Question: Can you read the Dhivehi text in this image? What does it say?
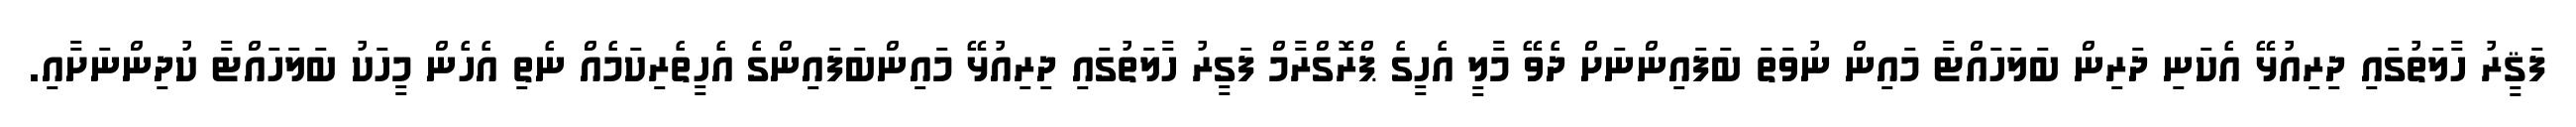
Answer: ފަޤީރު ހާލަތުގައި ދިރިއުޅޭ އެކަނި ދަރިން ބަލަހައްޓާ މައިން ނުވަތަ ބަފައިންނަށް ދެވޭ މާލީ އެހީގެ ޕްރޮގްރާމް ފަގީރު ހާލަތުގައި ދިރިއުޅޭ މައިންބަފައިންގެ އެހީތެރިކަމެއް ނެތި އެހެން މީހަކު ބަލަހައްޓާ ކުދިންނަށާއި.